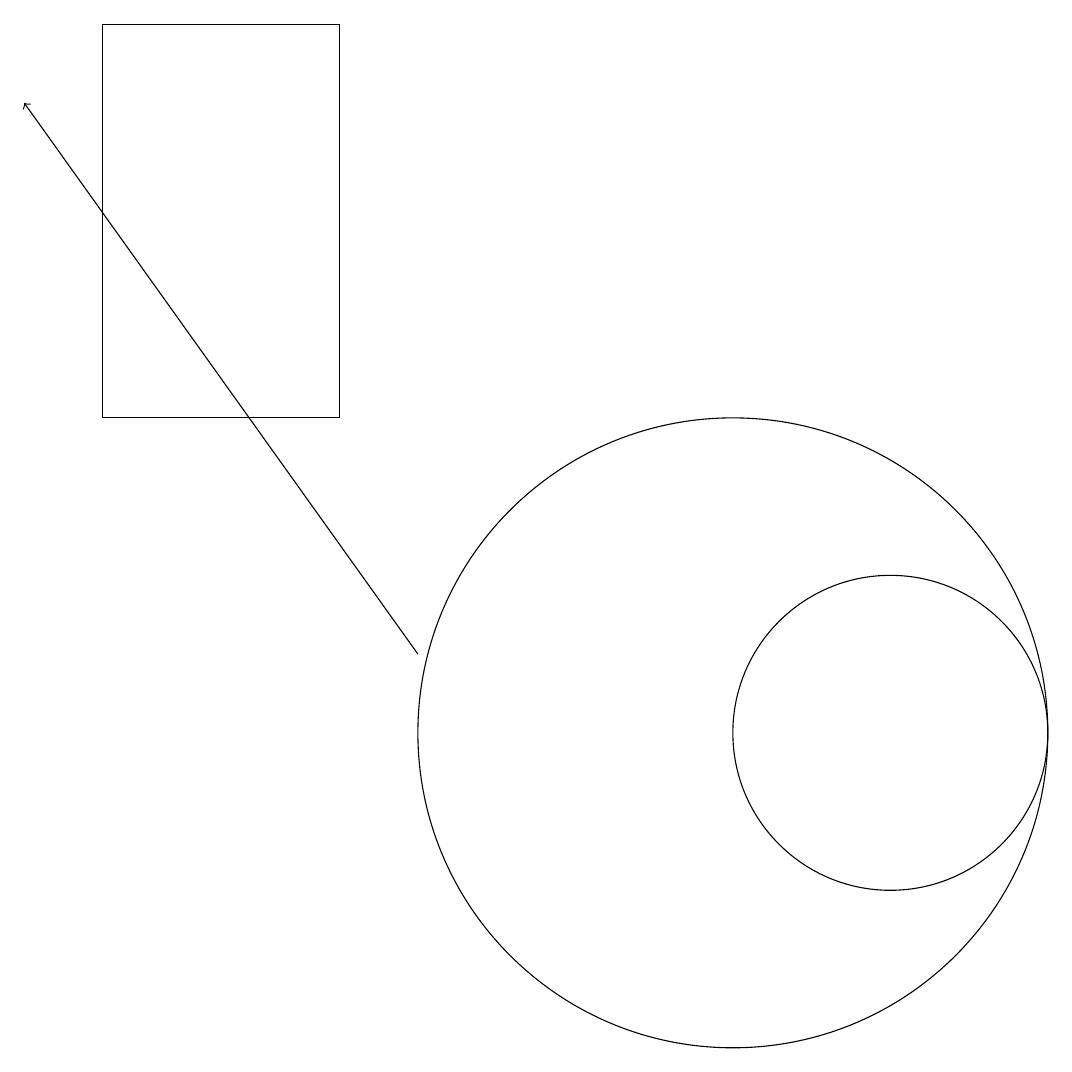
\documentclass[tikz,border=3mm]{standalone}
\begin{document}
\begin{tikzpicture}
\draw[->] (6,11) -- (1,18);
\draw (10,10) circle (4);
\draw (12,10) circle (2);
\draw (5,14) rectangle (2,19);
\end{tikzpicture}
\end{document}